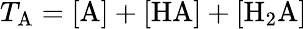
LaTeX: T_{\mathrm{A}}=\mathrm{[A]+[HA]+[H_{2}A]}